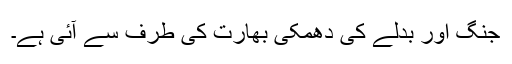
جنگ اور بدلے کی دھمکی بھارت کی طرف سے آئی ہے۔